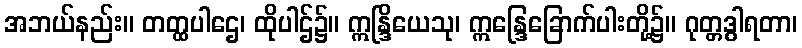
အဘယ်နည်း။ တတ္ထပါဌေ၊ ထိုပါဌ်၌။ ဣန္ဒြိယေသု၊ ဣန္ဒြေခြောက်ပါးတို့၌။ ဂုတ္တဒွါရတာ၊